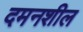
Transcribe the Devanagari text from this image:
दमनशील